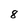
Character: 8